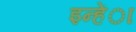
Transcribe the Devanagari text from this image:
इन्हेंा